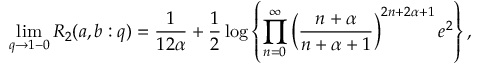
\operatorname * { l i m } _ { q \to 1 - 0 } R _ { 2 } ( a , b : q ) = \frac { 1 } { 1 2 \alpha } + \frac 1 2 \log \left\{ \prod _ { n = 0 } ^ { \infty } \left( \frac { n + \alpha } { n + \alpha + 1 } \right) ^ { 2 n + 2 \alpha + 1 } e ^ { 2 } \right\} ,